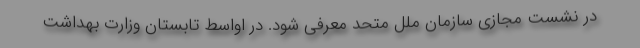
در نشست مجازی سازمان ملل متحد معرفی شود. در اواسط تابستان وزارت بهداشت